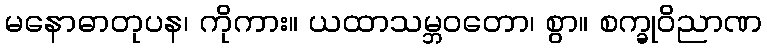
မနောဓာတုပန၊ ကိုကား။ ယထာသမ္ဘဝတော၊ စွာ။ စက္ခုဝိညာဏ